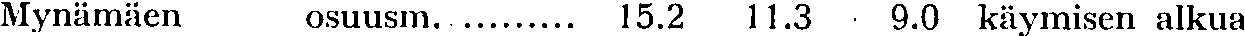
Mynämäen osuusm. ......... 15.2 11.3 9.0 käymisen alkua